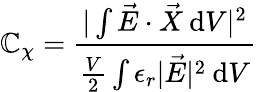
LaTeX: \mathbb{C}_{\chi}=\frac{{\vert\int\vec{{E}}\cdot\vec{{X}}\: \mathrm{d}V\vert^{2}}}{{\frac{{V}}{{2}}\int\epsilon_{r}\vert\vec{{E}}\vert^{2}\: \mathrm{d}V}}